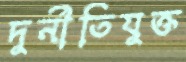
দুর্নীতিযুক্ত